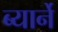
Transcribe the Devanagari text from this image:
ब्यार्ने